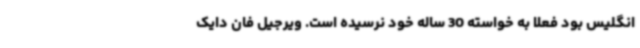
انگلیس بود فعلا به خواسته 30 ساله خود نرسیده است. ویرجیل فان دایک